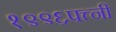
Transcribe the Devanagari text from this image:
१९९६पत्त्नी